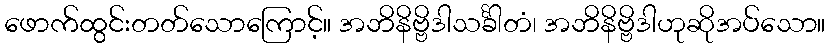
ဖောက်ထွင်းတတ်သောကြောင့်။ အဘိနိဗ္ဗိဒါသင်္ခါတံ၊ အဘိနိဗ္ဗိဒါဟုဆိုအပ်သော။